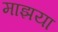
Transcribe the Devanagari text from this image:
माझया